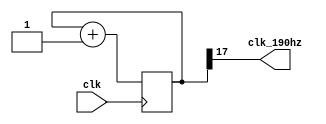
`timescale 1ns / 1ps
//////////////////////////////////////////////////////////////////////////////////
// Company: 
// Engineer: 
// 
// Design Name: 
// Module Name: CLK_div
// Project Name: 
// Target Devices: 
// Tool Versions: 
// Description: 
// 
// Dependencies: 
// 
// Revision:
// Revision 0.01 - File Created
// Additional Comments:
// 
//////////////////////////////////////////////////////////////////////////////////


module CLK_div(
    input clk,
    output clk_190hz);
    reg [17:0] q;
    always @ (posedge clk) begin
        q<=q+1;
    end
    assign clk_190hz = q[17];
endmodule